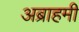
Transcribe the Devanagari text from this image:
अब्राहमी